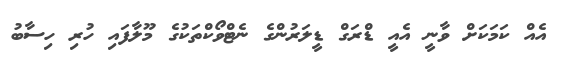
އެއް ކަމަކަށް ވާނީ އެއީ ޑްރަގް ޑީލަރުންގެ ނެޓްވޯކްތަކުގެ މޫލާފައި ހުރި ހިސާބު